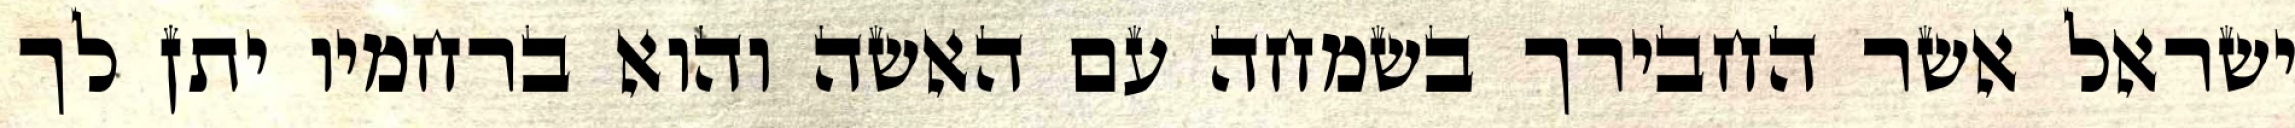
ישראל אשר החבירך בשמחה עם האשה והוא ברחמיו יתן לך